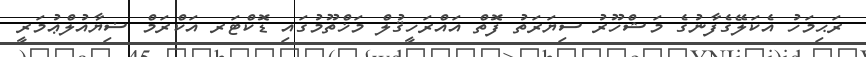
ރަޙިމަހު އެކަލޭގެފާނުގެ މަޝްހޫރު ސިޔަރަތު ފޮތް އައްރަހީޤުލް މަޚްތޫމުގައި ޑޮކްޓަރ އަކްރަމް ޟިޔާއުލްޢުމަރީ